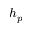
h _ { p }